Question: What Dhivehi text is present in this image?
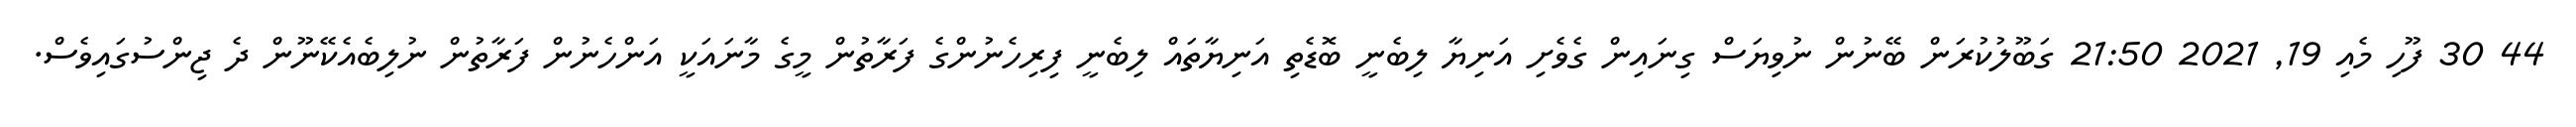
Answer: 44 30 ފޫހި މެއި 19, 2021 21:50 ގަބޫލުކުރަން ބޭނުން ނުވިޔަސް ގިނައިން ގެވެށި އަނިޔާ ލިބެނީ ބޮޑެތި އަނިޔާތައް ލިބެނީ ފިރިހެނުންގެ ފަރާތުން މީގެ މާނައަކީ އަންހެނުން ފަރާތުން ނުލިބެއެކޭނޫން ދެ ޖިންސުގައިވެސް.